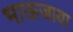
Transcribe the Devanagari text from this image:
भाऊजाया